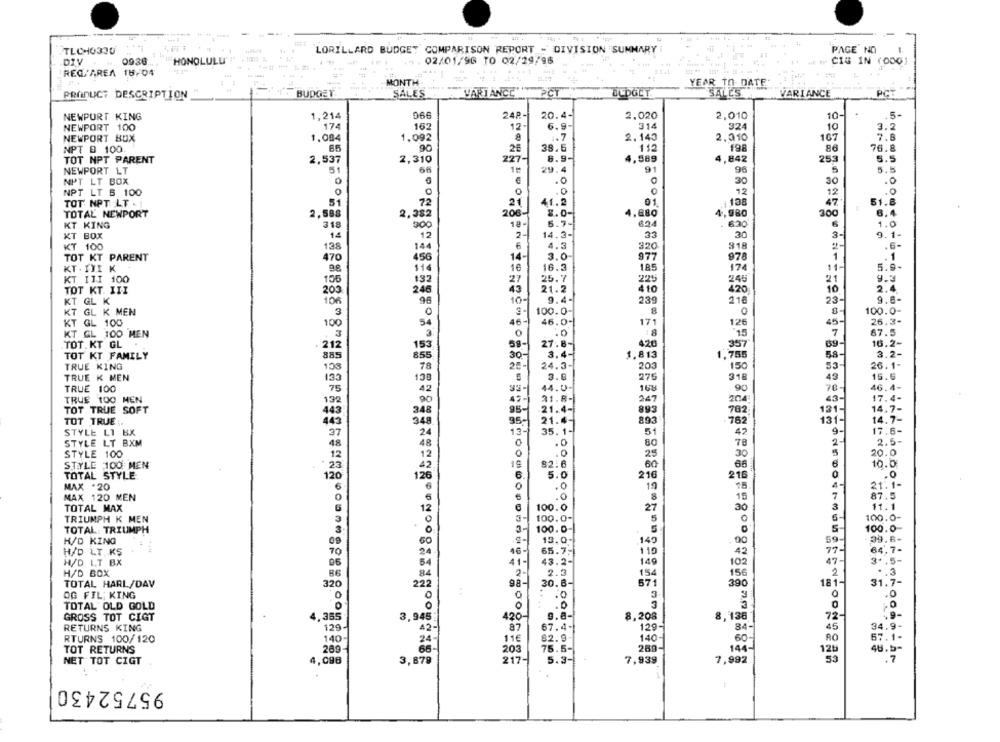
TLCHO330
LORILLARD BUDGET COMPARISON REPORT - DIVISION SUMMARY
PAGE NO
1
0936
02/01/96 TO 02/29/96
DIV
HONOLULU
CIS IN (DOO)
REG/AREA 16/04
MONTH
YEAR TO- DATE
PRODUCT DESCRIPTION
BUDGET
SALES
VARIANCE"
PCT
BUDGET
SALES
VARIANCE
PCT
NEWPORT KING
1,214
066
248
20.4-
2.020
2,010
10-
.5-
NEWPORT 100
174
162
12-
6.9
314
324
10
3.2
NEWPORT BUX
1.084
1.092
1.7
2.143
2.010
167
7.8
NPT @ 100.
65
90
26
38.5
112
198
86
76.8
TOT NPT PARENT
2,537
2,310
227-
6.9-
4.589
1,842
253
5.5
NEWPORT LT
51
29.4
91
96
5
5.5
NPT LT BOX
0
.0
0
30
30
.0
NPT LT B 100
.0
0
12
12
41.2
01
47
51.8
TOT NPT LT - !
72
21
:138
TOTAL NEWPORT
2,598
2,382
206-
8.0-
4,880
4,980
300
6.4
18-
5.7-
624
630
1.0
KT KING
318
300
KT BOX
12
2-
14.3-
33
30
3-
9.1-
6
4.3
320
2-
.6.
KT 100
138
144
318
TOT KT PARENT
470
456
14-
3.0
977
1
1
KT . IJI K
16
16.3
185
174
11-
5.9-
$14
KT ITI 100
105
132
27
25.7
246
21
9.3
TOT KT. III
24€
43
21.2
OMEN
420
10
2.4
205
KT GL K
96
10-
9.4-
239
216
23
9.6-
KT GL K MEN
3
100.0-
8
100.0-
46-
171
45-
KT GL 100
100
54
46.0-
126
26.3-
KT GL 100 MEN
0
5.0
:8
7
67.5
3
15
TOT.KT GL
212
153
59-
27.8-
420
357
69
16.2-
TOT KT FAMILY
885
855
30-
3.4-
1.813
1.786
58
3.2-
24.3-
26.1-
TRUE KING
108
78
25-
203
150
53
TRUE K MEN
133
138
3.0
275
318
49
15.6
93-
TRUE 100
4
44.0-
16%
70
46.4-
TRUE 100 MEN
132
90
49-1
31.8-
247
43-
17.4-
348
95-
21.4-
14.7-
TOT TRUE SOFT
121-
TOT TRUE ;.
348
95-
21.4-
893
182
131-
14.7 -
13-
35. 1-
51
9.
STYLE LI BX
47
17.6-
STYLE LT BXM
0
.0
78
2.5-
0
STYLE 100
25
30
20.0
STYLE 100 MEN
1º
82.6
60
6
10.0
TOTAL STYLE
5.0
0
.0
12
216
216
MAX .20
0
.0
19
4-
21.1-
MAX 120 MEN
.0
7
87.5
18
TOTAL MAX
100.0
27
30
3
11.1
TRIUMPH K MEN
100.0-
100.0-
100.0-
5-
TOTAL: TRIUMPH
100.0
H/D KING
13.0-
149
59
65.7.
64.7-
H/D LT. KS
16-1
119
42
77
H/D LT BX
41-
43.2-
149
102
47
3 .. 5-
H/D BOX
2-
154
2
.. 3
86
2.3
156
TOTAL HARL/DAV
320
22
98-
30.6-
390
181
31.
0
3
.0
OG FIL KING
0
.0
TOTAL' OLD GOLD
0
.0
3
0
3,945
420-
9.8-
8,208
72-
.9.
GROSS TOT CIGT
8,138
RETURNS KING
129
42-
87
67.4-
129-
84
45
RTURNS 100/120
11€
140
60
AO
67.1-
140
24
TOT RETURNS
289
203
75.5-
144 -
12b
48.5-
NET TOT CIGT
3,879
217-
5.3-
7,939
7,992
7
4,098
95752430